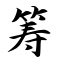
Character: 筹